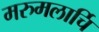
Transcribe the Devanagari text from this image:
मरुमलार्चि